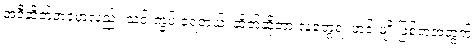
အဲဒီဆိတ်ဘဝမှာလည်း သင်းကွပ် ခံရတယ်၊ ဆိတ်ဆိုတာ လူတွေရဲ့ ဟင်းမျိုးဖြစ်တဲ့အတွက်